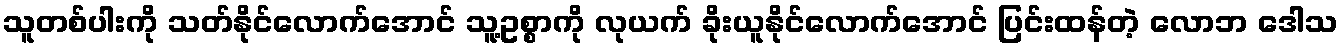
သူတစ်ပါးကို သတ်နိုင်လောက်အောင် သူ့ဥစ္စာကို လုယက် ခိုးယူနိုင်လောက်အောင် ပြင်းထန်တဲ့ လောဘ ဒေါသ